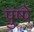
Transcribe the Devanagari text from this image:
पुष्पे